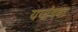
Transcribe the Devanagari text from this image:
ययांच्या